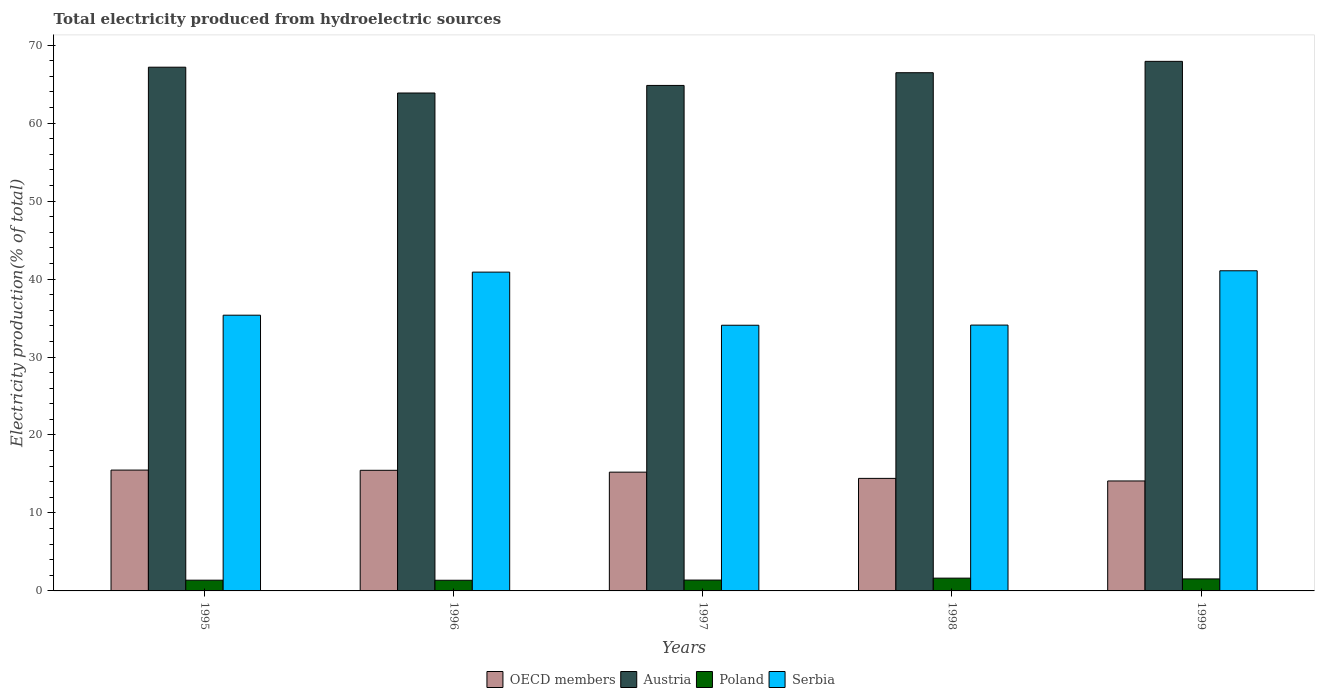
| Years | OECD members | Austria | Poland | Serbia |
 | --- | --- | --- | --- | --- |
 | 1995 | 15.5 | 67.2 | 1.38 | 35.4 |
 | 1996 | 15.5 | 63.9 | 1.37 | 40.9 |
 | 1997 | 15.2 | 64.8 | 1.39 | 34.1 |
 | 1998 | 14.4 | 66.5 | 1.64 | 34.1 |
 | 1999 | 14.1 | 67.9 | 1.54 | 41.1 |